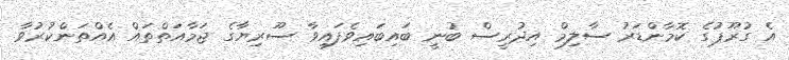
އެ ގުރޫޕުގެ ކޮމާންޑަރު ސާލިމް އިދުރީސް ބުނީ ބައިބައިވެފައިވާ ސޫރިޔާގެ ޖަމާއަތްތައް އެއްތަންކުރުވާ